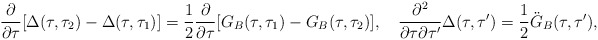
\begin{align*}\frac{\partial}{\partial\tau}[\Delta(\tau,\tau_2)-\Delta(\tau,\tau_1)]={1\over2}\frac{\partial}{\partial\tau}[G_B(\tau,\tau_1)- G_B(\tau,\tau_2)],\quad\frac{\partial^2}{\partial\tau\partial\tau'}\Delta(\tau,\tau')= {1\over 2}\ddot{G}_B(\tau,\tau'),\end{align*}